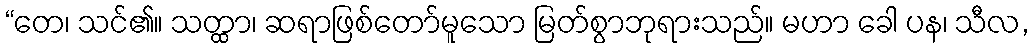
“တေ၊ သင်၏။ သတ္ထာ၊ ဆရာဖြစ်တော်မူသော မြတ်စွာဘုရားသည်။ မဟာ ခေါ ပန၊ သီလ,